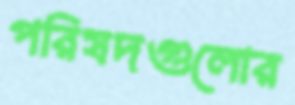
পরিষদগুলোর